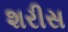
શરીસ